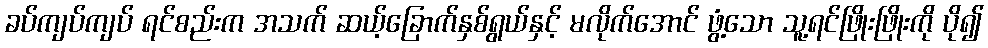
ခပ်ကျပ်ကျပ် ရင်စည်းက အသက် ဆယ့်ခြောက်နှစ်ရွယ်နှင့် မလိုက်အောင် ဖွံ့သော သူ့ရင်ဖြိုးဖြိုးကို ပို၍